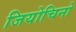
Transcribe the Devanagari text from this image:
जियोचिनो